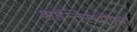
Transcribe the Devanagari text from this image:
शान्तिस्थापना